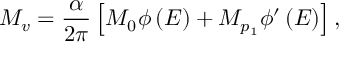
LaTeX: M _ { v } = \frac { \alpha } { 2 \pi } \left[ M _ { 0 } \phi \left( E \right) + M _ { p _ { 1 } } \phi ^ { \prime } \left( E \right) \right] ,